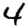
Digit: 4